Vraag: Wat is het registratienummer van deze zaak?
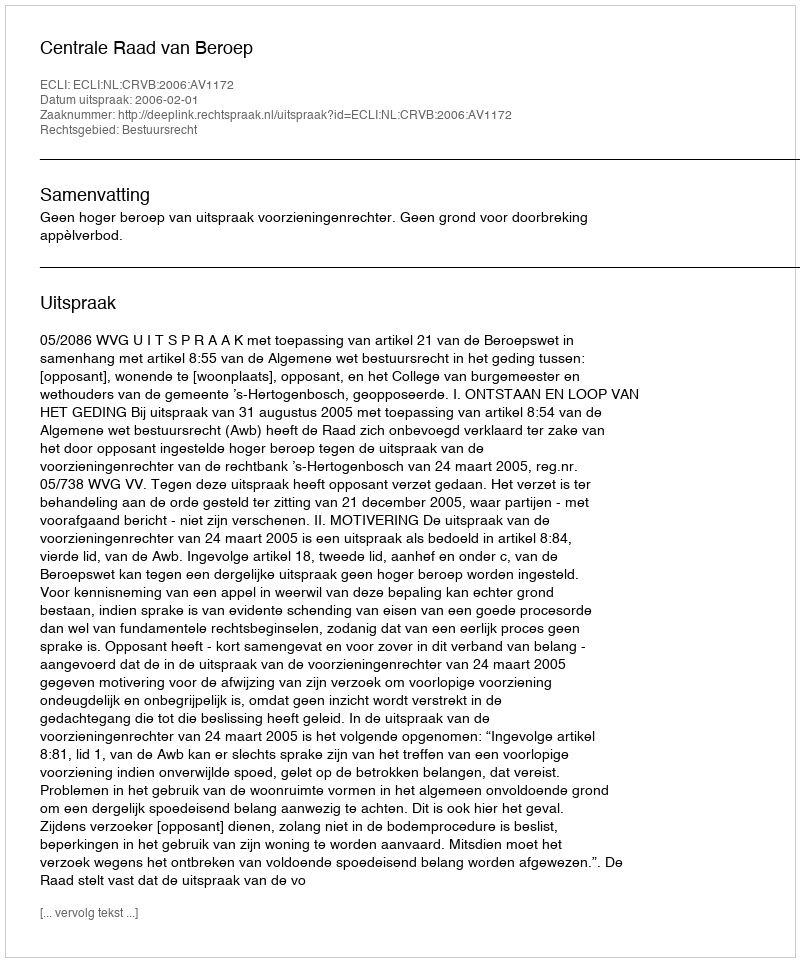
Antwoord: http://deeplink.rechtspraak.nl/uitspraak?id=ECLI:NL:CRVB:2006:AV1172